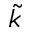
\tilde { k }